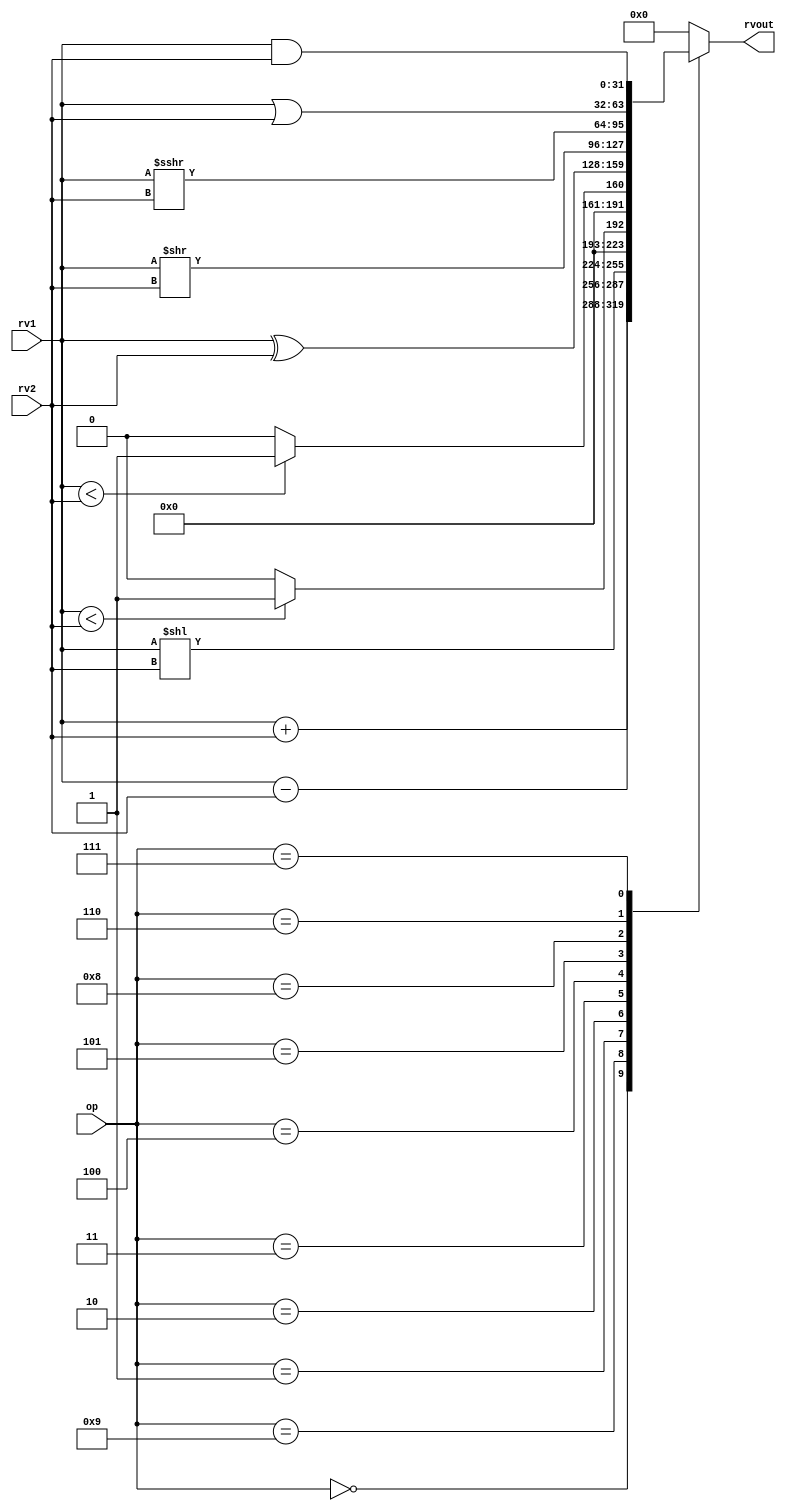
//*********************************************************************
// Assignment 5
// Description: Arithmetic Logic Unit
//              - Combinational Unit
//              - Does all arithmetic ops - add, sub etc.
//              - Does all logic ops - and, xor etc.
//              - Does all shifting ops - right-shift, left-shift etc.
//*********************************************************************

module alu32 ( input [5:0] op,      // some input encoding of your choice
               input [31:0] rv1,    // First operand
               input [31:0] rv2,    // Second operand
               output [31:0] rvout  // Output value
             );

    // using localparam statements for readability
    localparam ADD   = 6'd0;
    localparam SLL   = 6'd1;
    localparam SLT   = 6'd2;
    localparam SLTU  = 6'd3;
    localparam XOR   = 6'd4;
    localparam SRL   = 6'd5;
    localparam OR    = 6'd6;
    localparam AND   = 6'd7;
    localparam SRA   = 6'd8;
    localparam SUB   = 6'd9;

    // register to store outputs
    reg [31:0] rvout_r;

    // combinational logic for ALU
    always @(op, rv1, rv2) begin
        case(op)
            ADD:
                rvout_r = rv1 + rv2;
            SUB:
                rvout_r = rv1 - rv2;
            SLL:
                rvout_r = rv1 << rv2;
            SLT:
                if ($signed(rv1) < $signed(rv2))
                    rvout_r = 32'b1;
                else
                    rvout_r = 32'b0;
            SLTU:
                if (rv1 < rv2)
                    rvout_r = 32'b1;
                else
                    rvout_r = 32'b0;
            XOR:
                rvout_r = rv1 ^ rv2;
            SRL:
                rvout_r = rv1 >> rv2;
            SRA:
                rvout_r = $signed(rv1) >>> rv2;
            OR:
                rvout_r = rv1 | rv2;
            AND:
                rvout_r = rv1 & rv2;
            default:
                rvout_r = 32'b0;
        endcase
    end

    // assign statements
    assign rvout = rvout_r;
endmodule